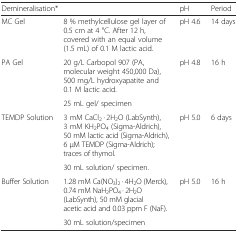
| <COLSPAN=2> Demineralisation* | pH | Period |
 | --- | --- | --- | --- |
 | MC Gel | 8 % methylcellulose gel layer of 0.5 cm at 4 °C. After 12 h, covered with an equal volume (1.5 mL) of 0.1 M lactic acid. | pH 4.6 | 14 days |
 | <ROWSPAN=2> PA Gel | 20 g/L Carbopol 907 (PA, molecular weight 450,000 Da), 500 mg/L hydroxyapatite and 0.1 M lactic acid. | <ROWSPAN=2> pH 4.8 | <ROWSPAN=2> 16 h |
 | 25 mL gel/ specimen |
 | <ROWSPAN=2> TEMDP Solution | 3 mM CaCl2 · 2H2O (LabSynth), 3 mM KH2PO4 (Sigma-Aldrich), 50 mM lactic acid (Sigma-Aldrich), 6 μM TEMDP (Sigma-Aldrich); traces of thymol. | <ROWSPAN=2> pH 5.0 | <ROWSPAN=2> 6 days |
 | 30 mL solution/ specimen. |
 | <ROWSPAN=2> Buffer Solution | 1.28 mM Ca(NO3)2 · 4H2O (Merck), 0.74 mM NaH2PO4 · 2H2O (LabSynth), 50 mM glacial acetic acid and 0.03 ppm F (NaF). | <ROWSPAN=2> pH 5.0 | <ROWSPAN=2> 16 h |
 | 30 mL solution/specimen |